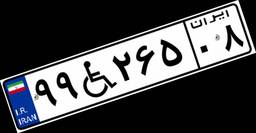
۹۹W۲۶۵۰۸